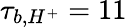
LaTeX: \tau_{b,H^{+}}=11